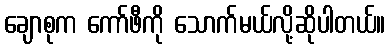
ချောစုက ကော်ဖီကို သောက်မယ်လို့ဆိုပါတယ်။